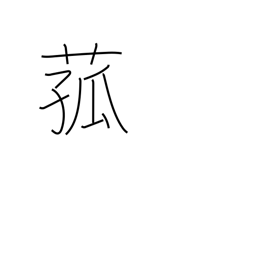
Meaning: reed used for matting